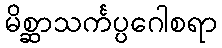
မိစ္ဆာသင်္ကပ္ပဂေါစရာ